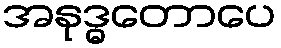
အနုဒ္ဓတောပေ